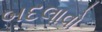
બદલાવો